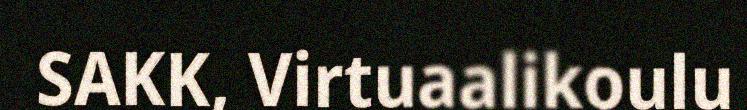
SAKK, Virtuaalikoulu